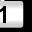
Digit: 1